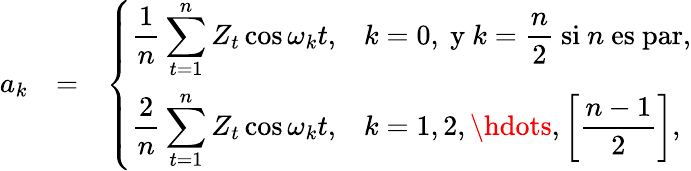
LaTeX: \begin{array}{rlr}{a_{k}}&{=}&{\left\{ \begin{array}{ll}{\displaystyle\frac{1}{n}\sum_{t=1}^{n}Z_{t}\cos\omega_{k}t,}&{\displaystyle k=0\mathrm{,~y~}k=\frac{n}{2}\mathrm{~si~}n\mathrm{~es~par,}}\\ {\displaystyle\frac{2}{n}\sum_{t=1}^{n}Z_{t}\cos\omega_{k}t,}&{\displaystyle k=1,2,\hdots,\left[\frac{n-1}{2}\right],}\end{array}\right.}\end{array}